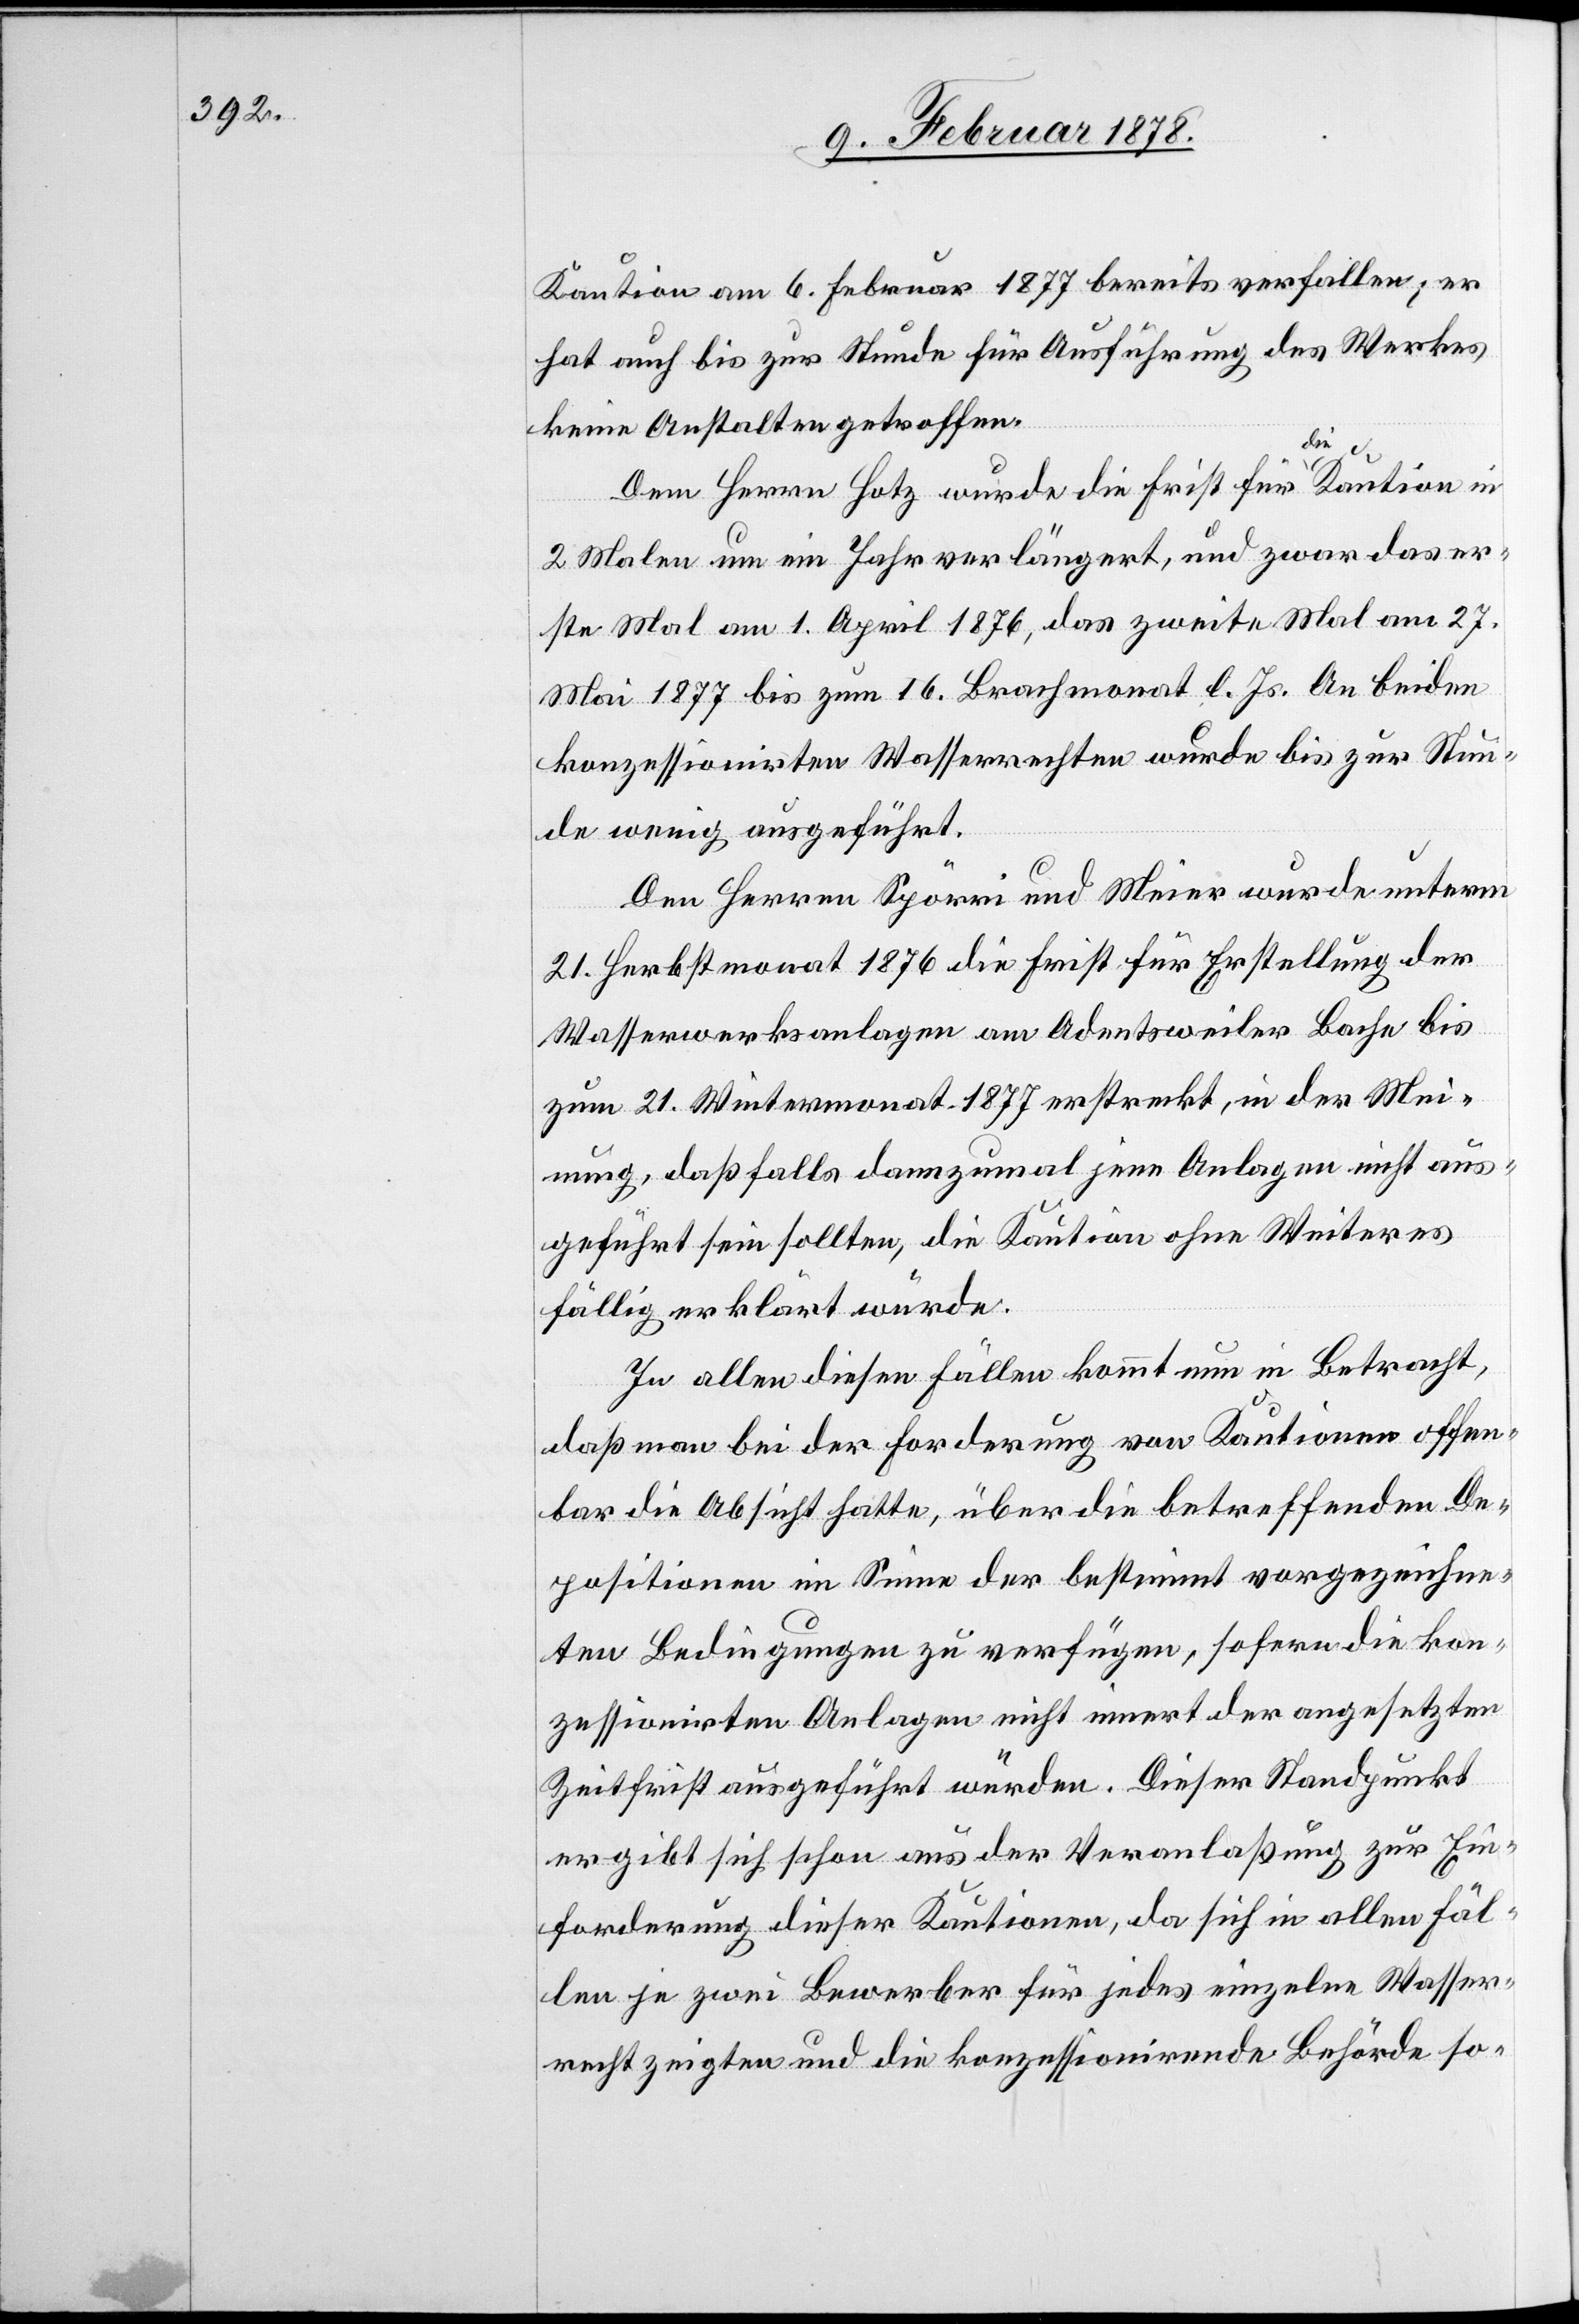
Kaution am 6. Februar 1877 bereits verfallen; er
hat auch bis zur Stunde für Ausführung des Werkes
keine Anstalten getroffen.
Dem Herrn Hotz wurde die Frist für die Kaution in
2 Malen um ein Jahr verlängert, und zwar das er¬
ste Mal am 1. April 1876, das zweite Mal am 27.
Mai 1877 bis zum 16. Brachmonat l. Js. An beiden
konzessionirten Wasserrechten wurde bis zur Stun¬
de wenig ausgeführt.
Dem Herren Spörri und Meier wurde unterm
21. Herbstmonat 1876 die Frist für Erstellung der
Wasserwerksanlagen am Adentsweiler Bache bis
zum 21. Wintermonat 1877 erstreckt, in der Mei¬
nung, daß falls dannzumal jene Anlagen nicht aus¬
geführt sein sollten, die Kaution ohne Weiteres
fällig erklärt würde.
In allen diesen Fällen kommt nun in Betracht,
daß man bei der Forderung von Kautionen offen¬
bar die Absicht hatte, über die betreffenden De¬
positionen im Sinne der bestimmt vorgezeichne¬
ten Bedingungen zu verfügen, sofern die kon¬
zessionirten Anlagen nicht innert der angesetzten
Zeitfrist ausgeführt würden. Dieser Standpunkt
ergibt sich schon aus der Veranlaßung zur Ein¬
forderung dieser Kautionen, da sich in allen Fäl¬
len je zwei Bewerber für jedes einzelne Wasser¬
recht zeigten und die konzessionirende Behörde so-